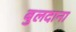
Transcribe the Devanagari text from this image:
बुलदाना